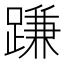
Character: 𨃰